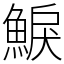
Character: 𩸭